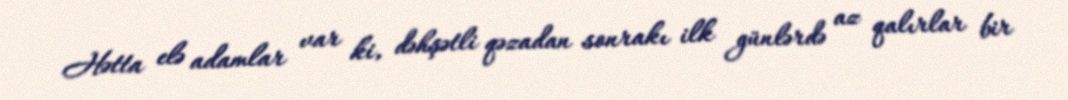
Hətta elə adamlar var ki, dəhşətli qəzadan sonrakı ilk günlərdə az qalırlar bir